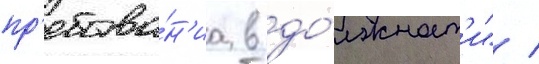
пр'ебыва́н'иа в до́лжност'и" /